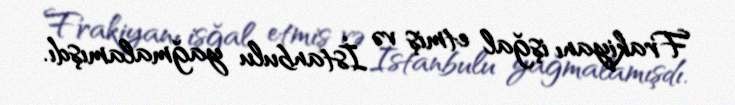
Frakiyanı işğal etmiş və İstanbulu yağmalamışdı.